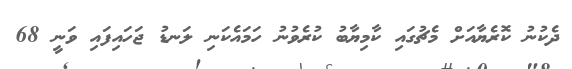
ދެކުނު ކޮރެޔާއަށް މެޗުގައި ކާމިޔާބު ކުރެވުނު ހަމައެކަނި ލަނޑު ޖަހައިފައި ވަނީ 68